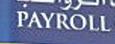
payroll